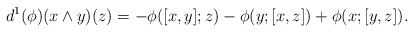
\begin{align*}d^1 (\phi) (x \wedge y)(z) = -\phi([x,y];z) - \phi(y; [x,z]) + \phi(x; [y,z]).\end{align*}